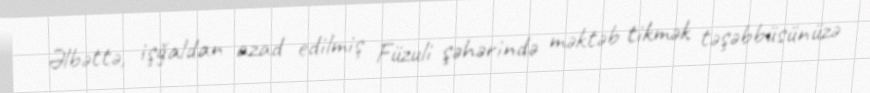
Əlbəttə, işğaldan azad edilmiş Füzuli şəhərində məktəb tikmək təşəbbüsünüzə